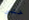
حتى